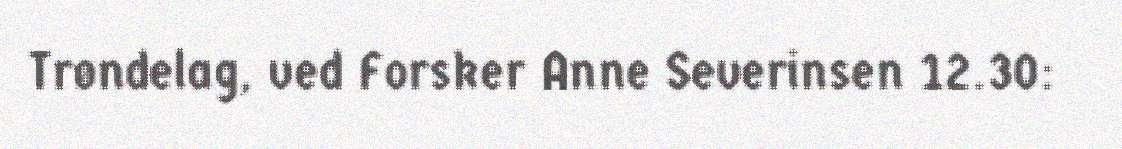
Trøndelag, ved Forsker Anne Severinsen 12.30: